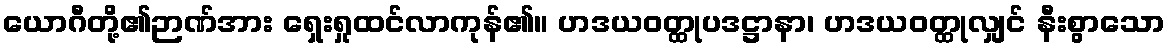
ယောဂီတို့၏ဉာဏ်အား ရှေးရှုထင်လာကုန်၏။ ဟဒယဝတ္ထုပဒဋ္ဌာနာ၊ ဟဒယဝတ္ထုလျှင် နီးစွာသော